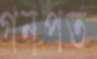
গনপত